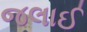
જલાઈ